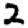
Digit: 2